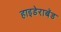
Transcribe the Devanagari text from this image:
हाइडेराबॅड